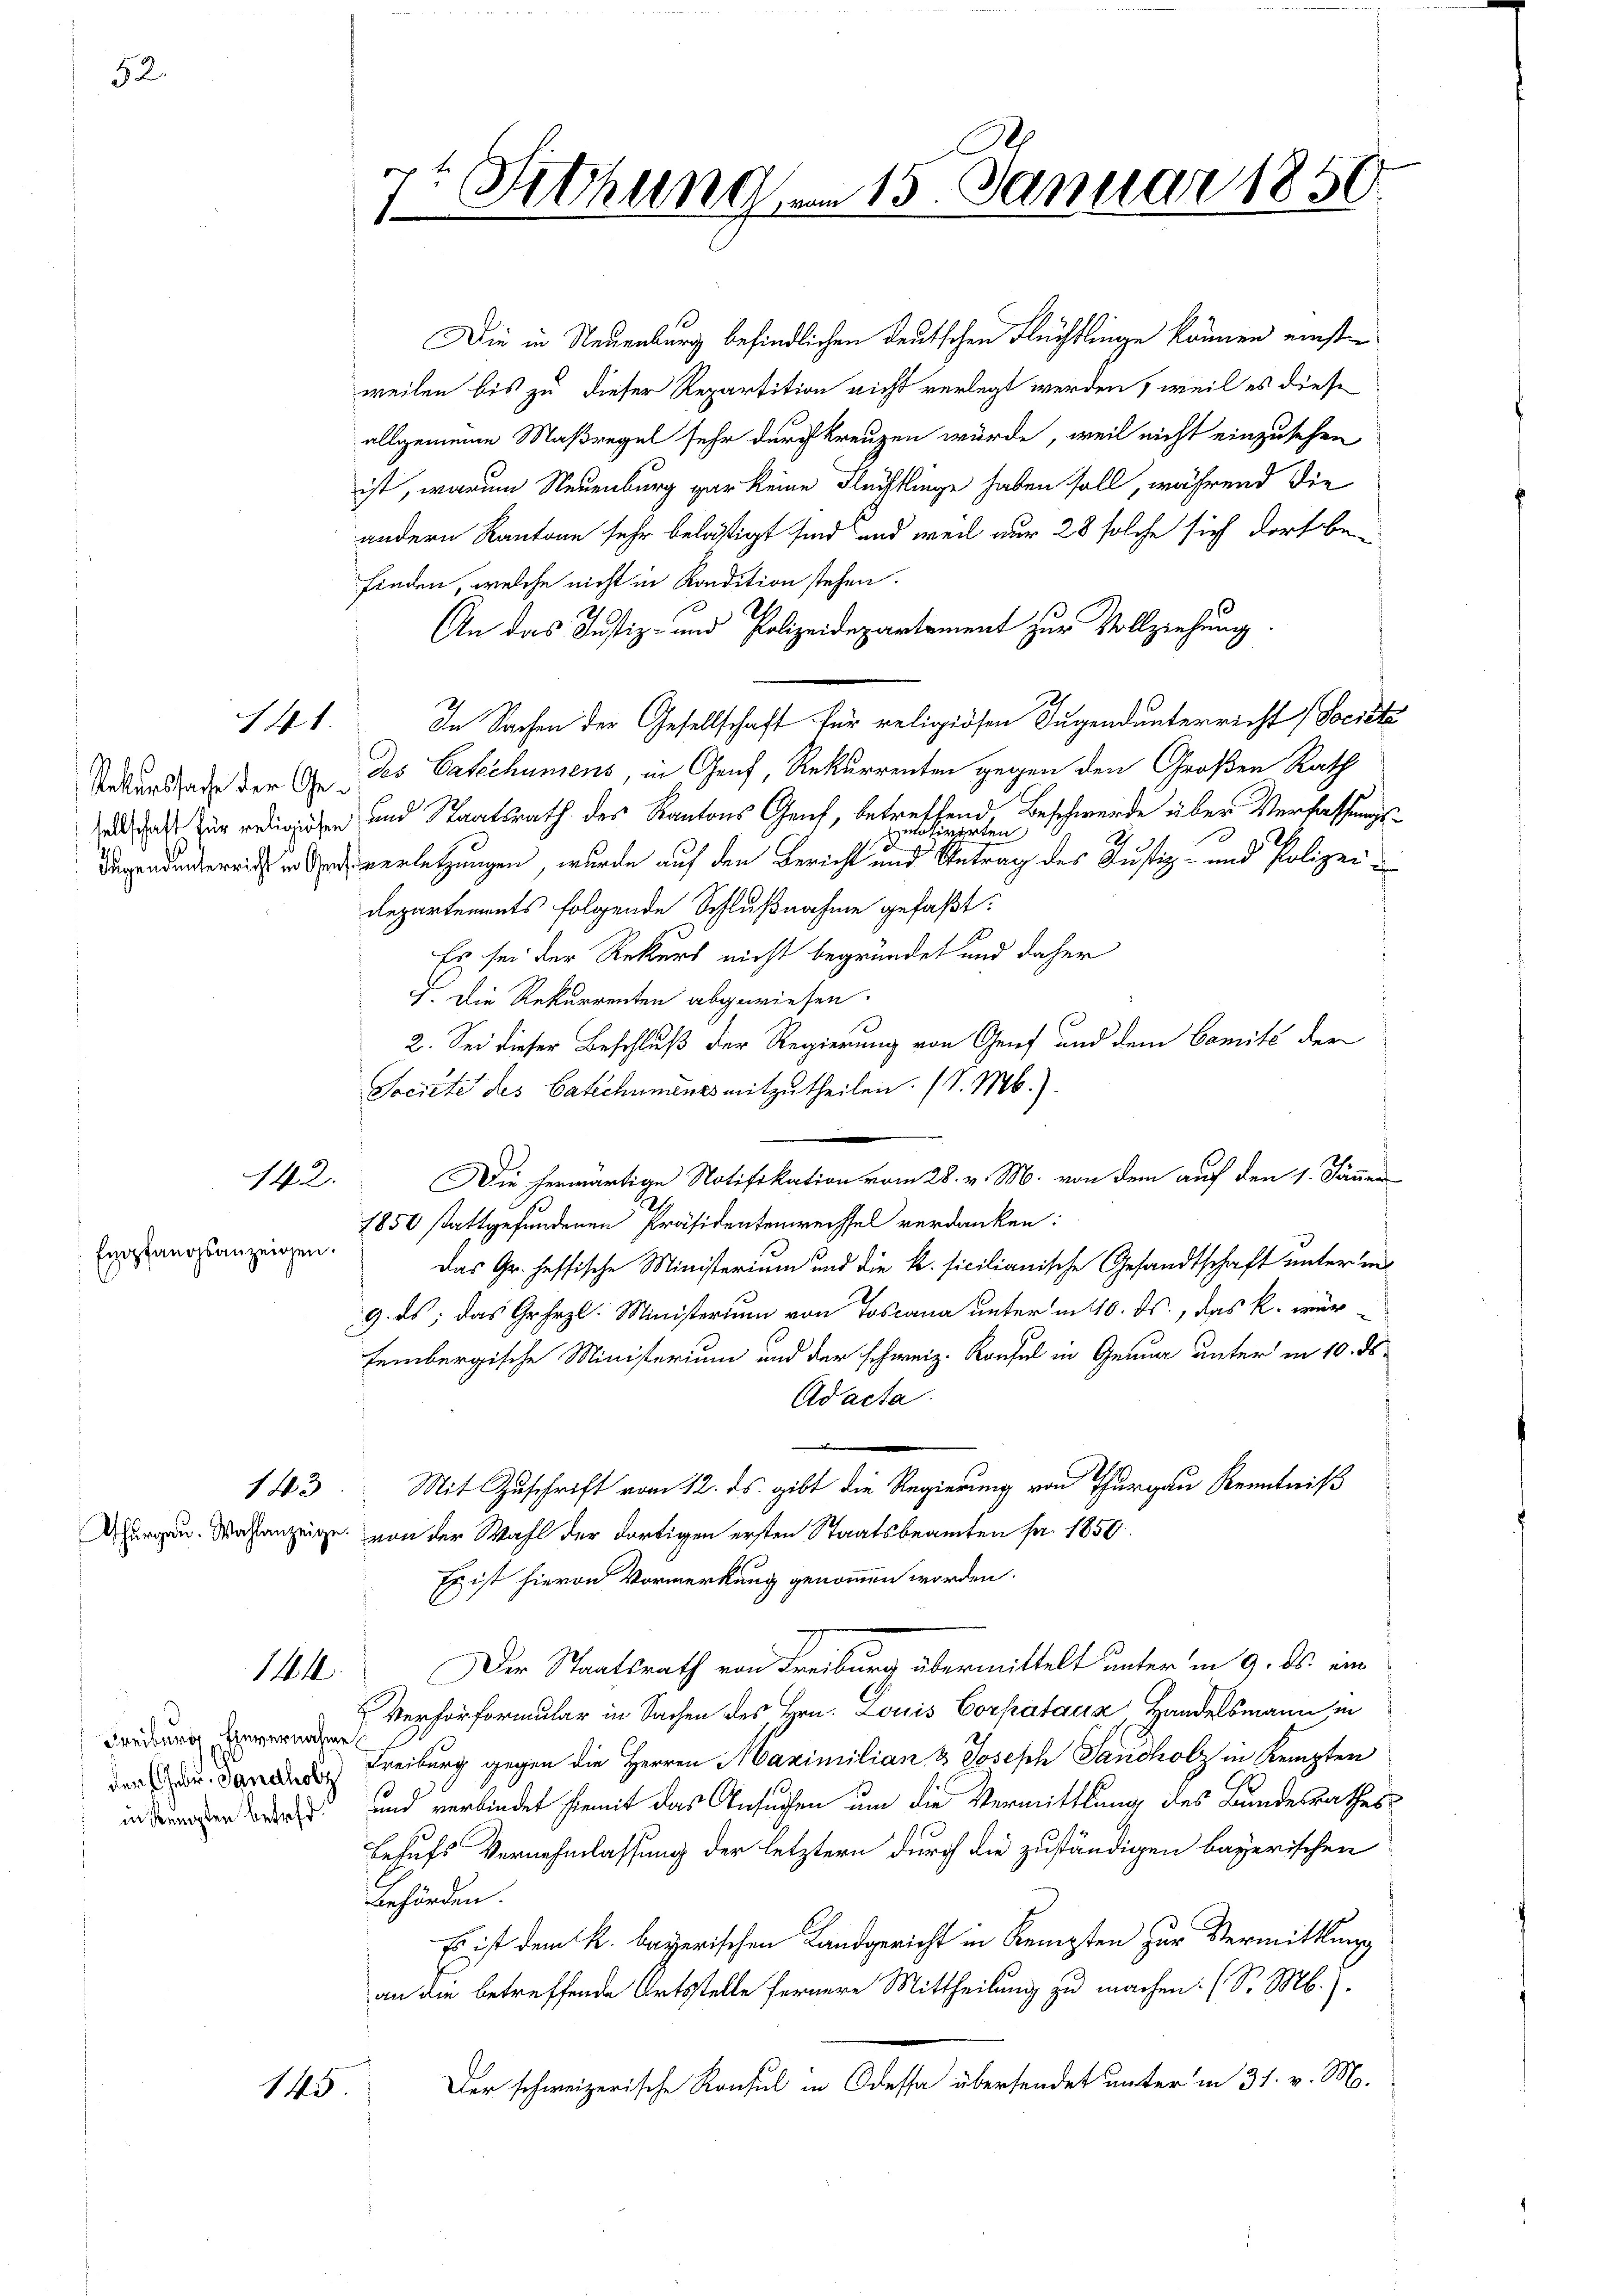
52.

142.
Empfangsanzeigen.

141.

143

114.

Freiburg, Einvernahme
in Kempten betreff.

145

t
 Sitzung am 15. Januar 1850.
s
7

Die in Neuenburg befindlichen deutschen Flüchtlinge können einsten
weilen bis zu dieser Repartition nicht verlegt werden, weil es diese
allgemeine Maßregel sehr durchkreuzen würde, weil nicht einzusehen
ist, warum Neuenburg gar keine Flüchtlinge haben soll, während die
andern Kantone sehr belästigt sind, und weil nur 28 solche sich dorf befinden, welche nicht in Kondition stehen.
An das Justiz- und Polizeidepartement zur Vollziehung
In Sachen der Gesellschaft für religiösen Jugendunterricht (Societa
Sekundat der (des Patschumens, in Genf, Rekurrenten gegen den Großen Rath
  diesen und Staatsrath des Kantons Genf, betreffend, Beschwerde über Verfassungs¬
Bargendenbereich in einerletzungen, wurde auf den Bericht eine eine betrag des Justiz- und Polizei¬
Repartements folgende Schlußnahme gefaßt:
Es sei der Rekurs nicht begründet und daher
I. Die Rekurrenten abgewiesen.
2. Sei dieser Beschluß der Regierung von Genf und dem Comité der
Societe des Catechunders mitzutheilen. (S. M.).
Die herwärtige Notifikation vom 28. v. M. von dem auf den 1. Jänner
1850 stattgefundenen Präsidentenwechsel verdanken:
Das Gr. heftische Ministerium und die k. sicilianische Gesandtschaft unter in
9. ds, das Gehrzl. Ministerium von Toscana unter in 10. ds., das k. würheinbergische Ministerium und der schweiz. Konsul in Genua unter in 10. ds.
Ad acta.
e
Mit Zuschrift vom 12. ds gibt die Regierung von Thurgau Kenntniß
Ahurgau. Wahlanzeige von der Wahl der dortigen ersten Staatsbeamten fr. 1850.
Es ist hievon Vormerkung genommen worden.
Der Staatsrath von Freiburg übermittelt unter in 9. ds. ein
Verhörformular in Sachen des Hrn. Louis Corpataux, Handelsmann in
der Dr. dann Freiburg gegen die Herren Maximilian & Joseph Sandholz in Kempten
und verbindet hiemit das Ansuchen um die Vermittlung des Bundesrathes:
Behufs Vernehmlassung der letztern durch die zuständigen bayerischen
behörden.
Es ist dem k. bayerischen Landgericht in Kempten zur Vermittlung
an die betreffende Ortstelle fernere Mittheilung zu machen. (S. M.).
Der schweizerische Konsul in Odessa übersendet unter in 31. v. M.